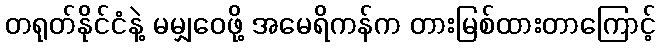
တရုတ်နိုင်ငံနဲ့ မမျှဝေဖို့ အမေရိကန်က တားမြစ်ထားတာကြောင့်